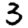
Digit: 3